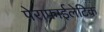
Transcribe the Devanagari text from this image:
पेराफाईलेटिक